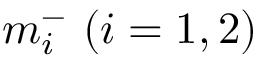
m _ { i } ^ { - } ~ ( i = 1 , 2 )